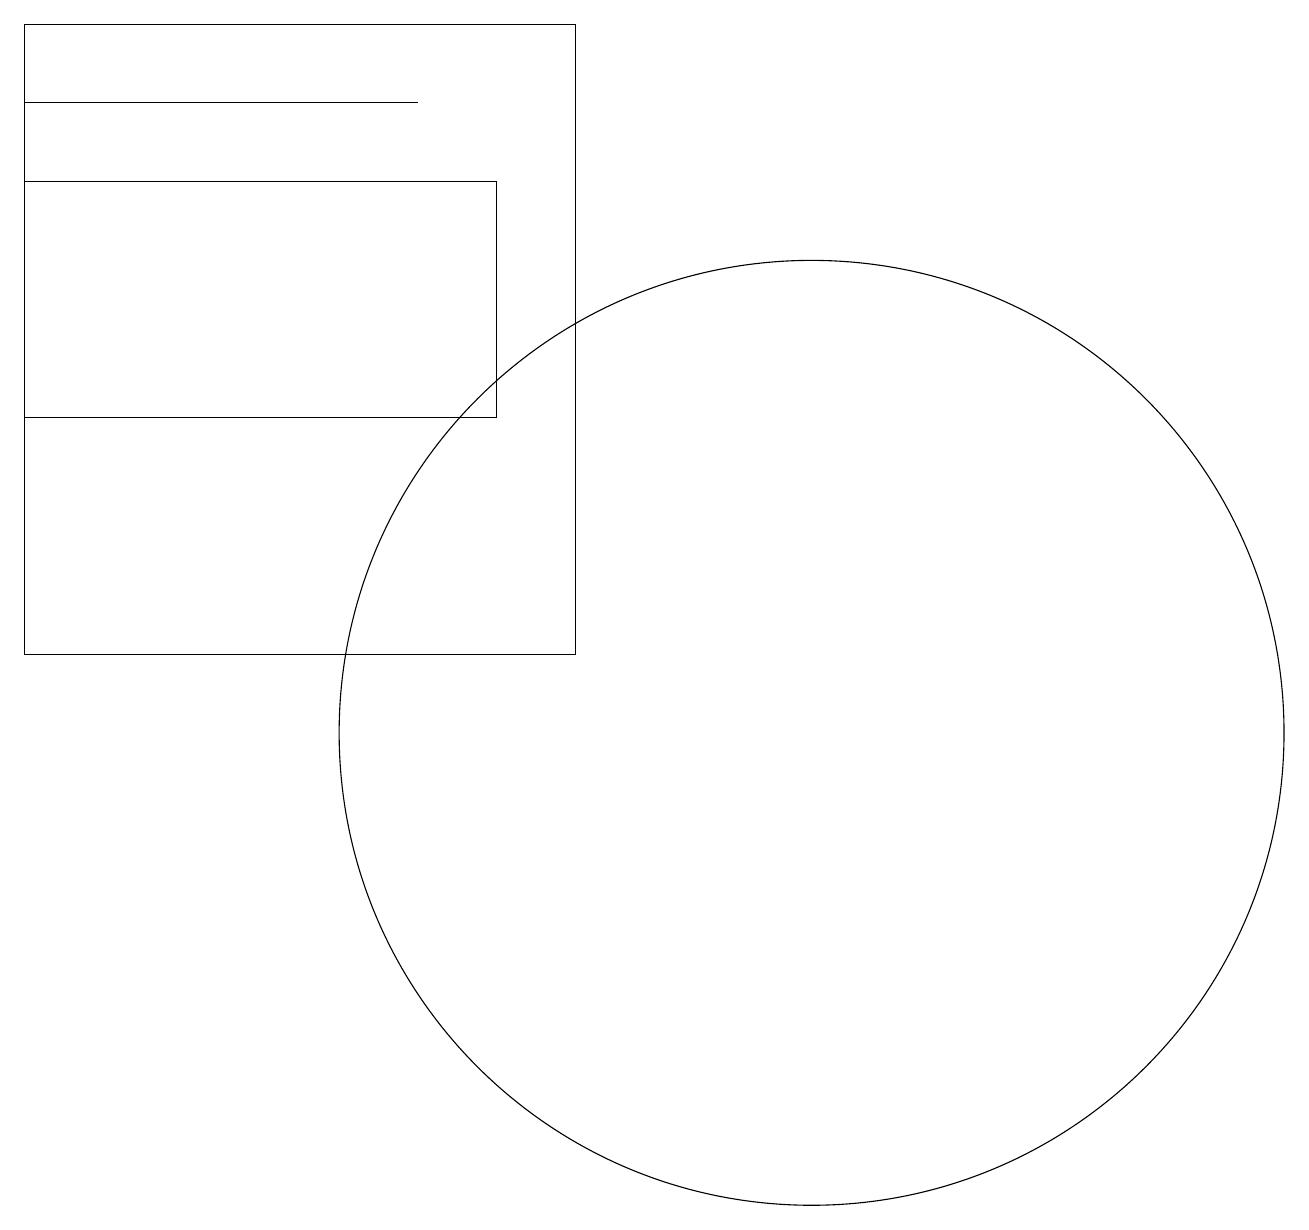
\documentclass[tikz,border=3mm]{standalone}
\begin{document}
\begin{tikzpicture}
\draw (11,10) circle (6);
\draw (7,14) rectangle (1,17);
\draw (1,19) rectangle (8,11);
\draw (1,18) rectangle (6,18);
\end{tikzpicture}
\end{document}